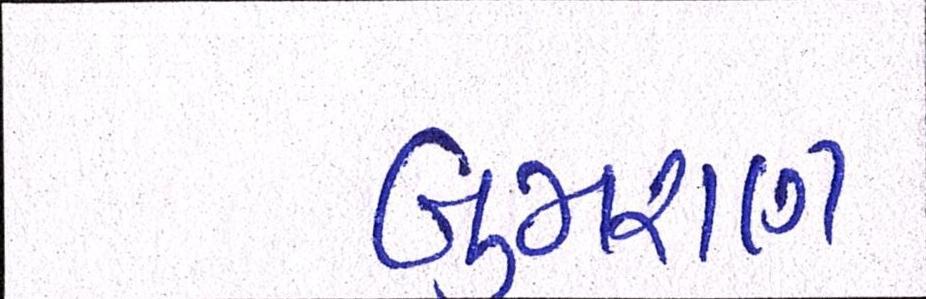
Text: બુમરાણ